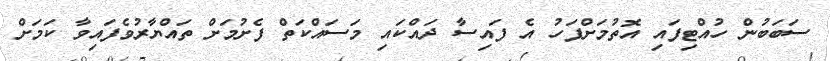
ސަބަބުން ހުއްޓިފައި އޮތުމަށްފަހު އެ ފައިސާ ދައްކައި މަސައްކަތް ފެށުމަށް ތައްޔާރުވެފައިވާ ކަމަށް